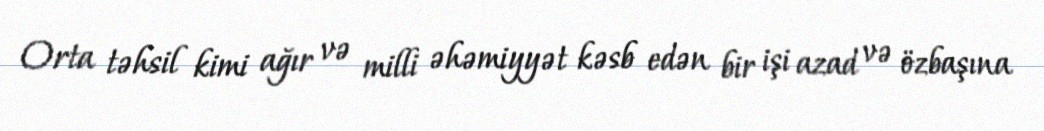
Orta təhsil kimi ağır və milli əhəmiyyət kəsb edən bir işi azad və özbaşına